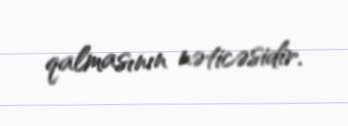
qalmasının nəticəsidir.